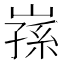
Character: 𭗅